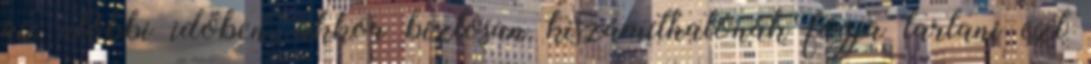
az utóbbi időben, akkor biztosan kiszámíthatónak fogja tartani ezt